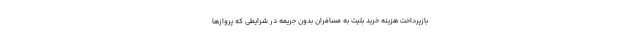
بازپرداخت هزینه خرید بلیت به مسافران بدون جریمه در شرایطی که پروازها